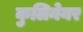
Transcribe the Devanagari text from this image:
कुलिनेयर